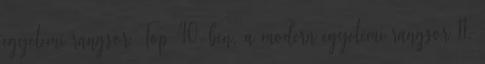
egyetemi rangsor Top 40-ben, a modern egyetemi rangsor 11.